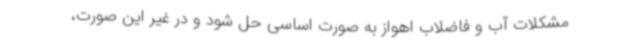
مشکلات آب و فاضلاب اهواز به صورت اساسی حل شود و در غیر این ‌صورت،